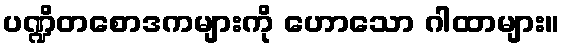
ပဏ္ဍိတစောဒကများကို ဟောသော ဂါထာများ။